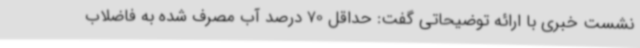
نشست خبری با ارائه توضیحاتی گفت: حداقل 70 درصد آب مصرف شده به فاضلاب